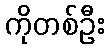
ကိုတစ်ဦး